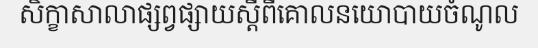
សិក្ខាសាលាផ្សព្វផ្សាយស្តីពីគោលនយោបាយចំណូល